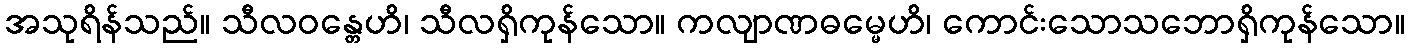
အသုရိန်သည်။ သီလဝန္တေဟိ၊ သီလရှိကုန်သော။ ကလျာဏဓမ္မေဟိ၊ ကောင်းသောသဘောရှိကုန်သော။